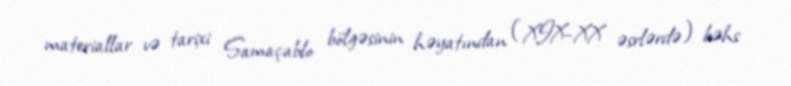
materiallar və tarixi Samaçablo bölgəsinin həyatından (XIX–XX əsrlərdə) bəhs